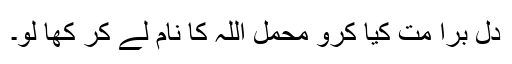
دل برا مت کیا کرو محمل اللہ کا نام لے کر کھا لو۔